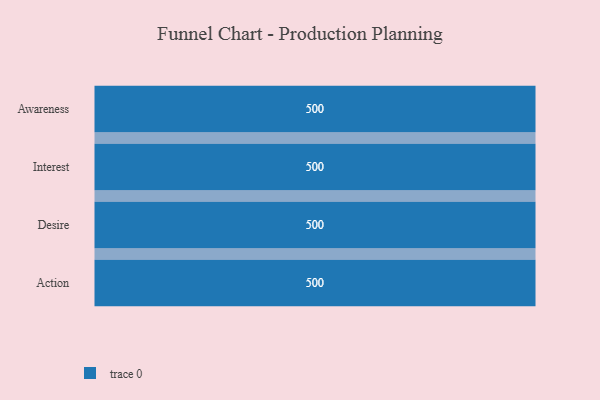
{"axis": {"x": "Stage", "y": "Value"}, "legend": [""], "data": [{"x": "Awareness", "y": 500, "type": ""}, {"x": "Interest", "y": 500, "type": ""}, {"x": "Desire", "y": 500, "type": ""}, {"x": "Action", "y": 500, "type": ""}]}